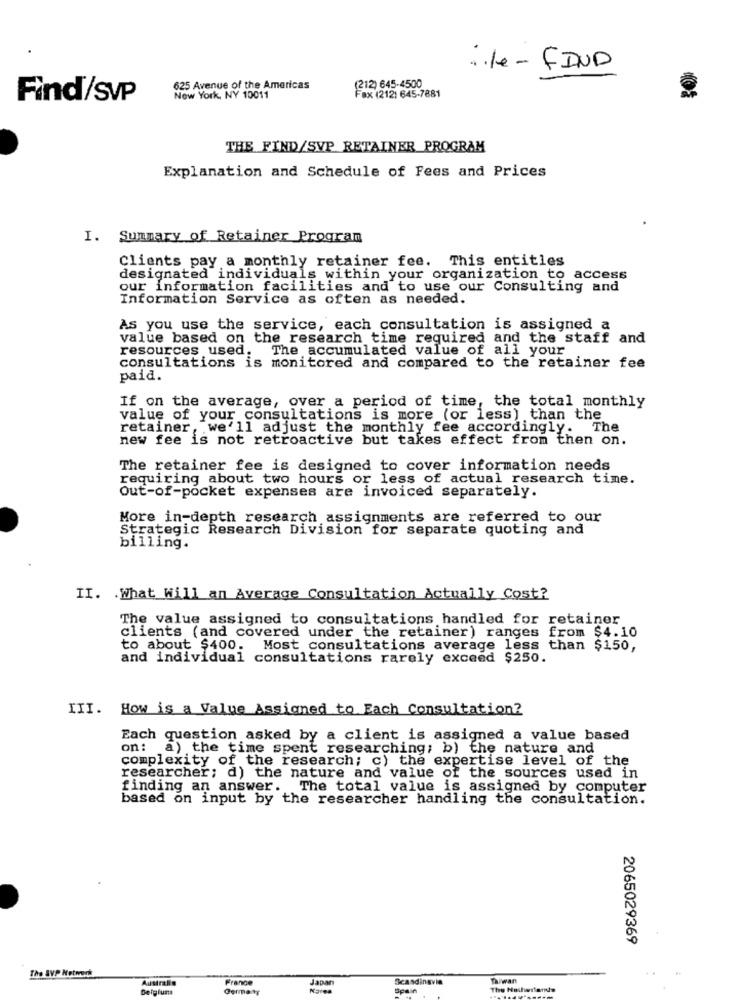
: 1- FIND
(212) 645-4500
625 Avenue of the Americas
Find/SVP
New York, NY 10011
Fax (212) 645-7881
THE FIND/SVP RETAINER PROGRAM
Explanation and Schedule of Fees and Prices
I. Summary of Retainer Program
Clients pay a monthly retainer fee. This entities
designated individuals within your organization to access
our information facilities and to use our Consulting and
Information Service as often as needed.
As you use the service, each consultation is assigned a
value based on the research time required and the staff and
resources used. The accumulated value of all your
consultations is monitored and compared to the retainer fee
paid.
If on the average, over a period of time, the total monthly
value of your consultations is more (or less) than the
retainer, we'll adjust the monthly fee accordingly. The
new fee is not retroactive but takes effect from then on.
The retainer fee is designed to cover information needs
requiring about two hours or less of actual research time.
Out-of-pocket expenses are invoiced separately.
More in-depth research assignments are referred to our
Strategic Research Division for separate quoting and
billing.
II. . What Will an Average Consultation Actually Cost?
The value assigned to consultations handled for retainer
clients (and covered under the retainer) ranges from $4.10
to about $400. Most consultations average less than $150,
and individual consultations rarely exceed $250.
III. How is a Value Assigned to Each Consultation?
Each question asked by a client is assigned a value based
on: a) the time spent researching; b) the nature and
complexity of the research; c) the expertise level of the
researcher; d) the nature and value of the sources used in
finding an answer. The total value is assigned by computer
based on input by the researcher handling the consultation.
2065029369
The SVP Network
Australia
France
Japan
Scandinavia
Taiwan
Belgiumts
Germany
Spain
The Nailwifonds